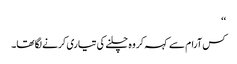
‘‘
کس آرام سے کہہ کر وہ چلنے کی تیاری کرنے لگا تھا۔